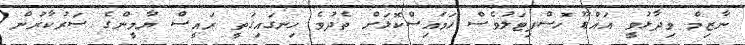
ނާޒިމް ވިދާޅުވީ އައްޑޫ ހޮސްޕިޓަލުވެސް ހަމައިސްކޮޅަށް ތެދުވެ ހިނގައިގަތީ ރައީސް ޔާމީންގެ ސަރުކާރުން